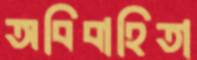
অবিবাহিতা